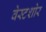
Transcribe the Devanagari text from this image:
वेस्टशोर